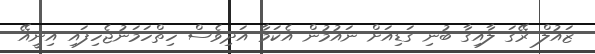
ޒައުލް ރޭގަ ލާއިގާ ބުނި ގަޑިއަށް ނައުމުން އެކަމާ އަދިވެސް ހިތްހަމަނުޖެހިފައި އިނީއޭ